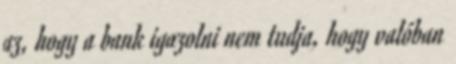
az, hogy a bank igazolni nem tudja, hogy valóban